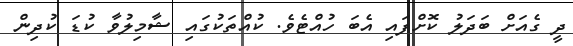
ދީ ގެއަށް ބަދަލު ކޮށްފައި އެބަ ހުއްޓެވެ. ކުއްތަކުގައި ޝާމިލުވާ ކުޑަ ކުދިން